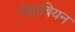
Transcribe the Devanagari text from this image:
मेह्राबियन